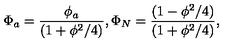
\Phi _ { a } = \frac { { \phi _ { a } } } { ( 1 + \phi ^ { 2 } / 4 ) } , \Phi _ { N } = \frac { { ( 1 - \phi ^ { 2 } / 4 ) } } { ( 1 + \phi ^ { 2 } / 4 ) } ,